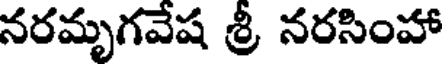
నరమృగవేష శ్రీ నరసింహా